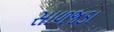
સાળજડા